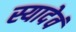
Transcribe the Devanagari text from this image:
स्यादेवं